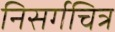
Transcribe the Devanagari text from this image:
निसर्गचित्र